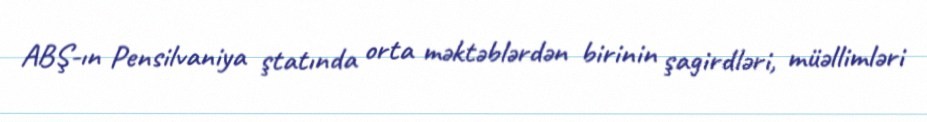
ABŞ-ın Pensilvaniya ştatında orta məktəblərdən birinin şagirdləri, müəllimləri